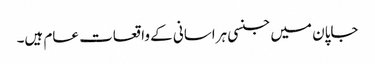
جاپان میں جنسی ہراسانی کے واقعات عام ہیں۔